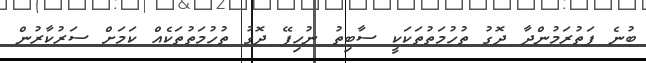
ބުނެ ފަތުރަމުންދާ ދޮގު ތުހުމަތުތަކަކީ ސާބިތު ނުހިފޭ ދޮގު ތުހުމަތުތަކެއް ކަމަށް ސަރުކާރުން